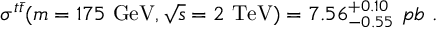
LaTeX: \sigma ^ { t \bar { t } } ( m = 1 7 5 \ \mathrm { G e V } , \sqrt { s } = 2 \ \mathrm { T e V } ) = 7 . 5 6 _ { - 0 . 5 5 } ^ { + 0 . 1 0 } \ p b \ .